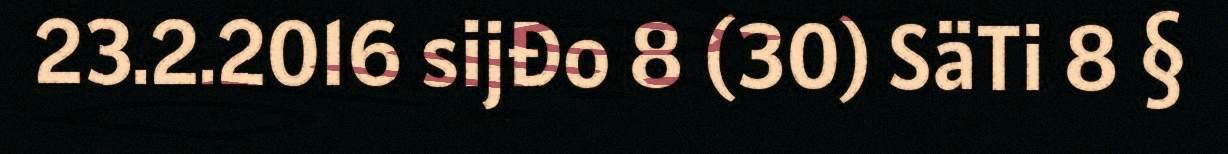
23.2.2016 sijđo 8 (30) SäTi 8 §